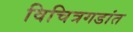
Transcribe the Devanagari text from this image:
विचित्रगडांत